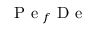
\mathrm { ~ P ~ e ~ } _ { f } \mathrm { ~ D ~ e ~ }